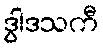
ဒွါဒသကီ